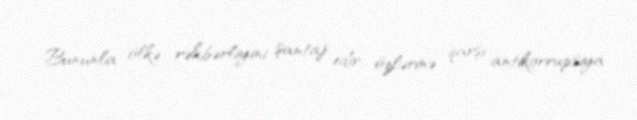
Bununla ölkə rəhbərliyini şantaj edir, özlərinə qarşı antikorrupsiya